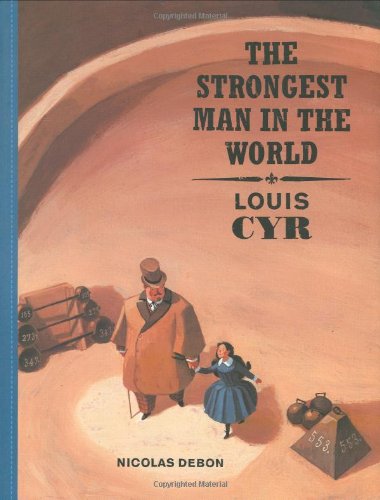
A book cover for The Strongest Man in the World; Nicolas Debon; Children's Books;